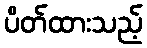
ပိတ်ထားသည့်